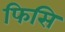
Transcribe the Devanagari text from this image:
फिसि